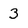
Character: 3